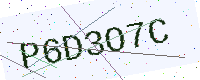
Text: P6D3O7C